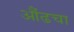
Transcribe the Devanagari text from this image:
औंढचा